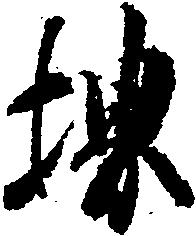
堺